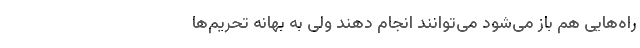
راه‌هایی هم باز می‌شود می‌توانند انجام دهند ولی به بهانه تحریم‌ها